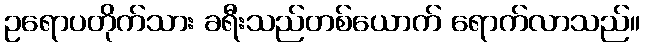
ဥရောပတိုက်သား ခရီးသည်တစ်ယောက် ရောက်လာသည်။